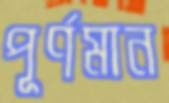
পূর্ণমান